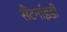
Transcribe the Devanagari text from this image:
सैंटर्नाइडी